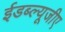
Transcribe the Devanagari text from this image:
ईडब्ल्यूजीए